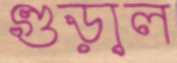
গুড়াল